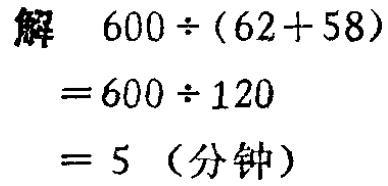
解

\[

\begin{align*}

600\div(62 + 58)&=600\div120\\

&= 5\ (\text{分钟})

\end{align*}

\]